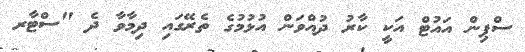
ސްޕިން އައުޓް އަކީ ކާރު ދުއްވަން އުޅުމުގެ ތެރޭގައި ދިމާވާ ދެ "ސްޓާރ